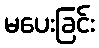
မပေးခြင်း